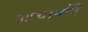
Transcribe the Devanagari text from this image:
आचार्याएँ